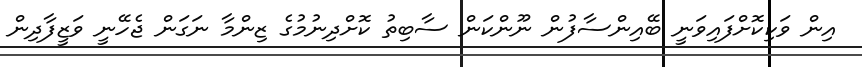
އިން ވަކިކޮށްފައިވަނީ ބޭއިންސާފުން ނޫންކަން ސާބިތު ކޮށްދިނުމުގެ ޒިންމާ ނަގަން ޖެހޭނީ ވަޒީފާދިން